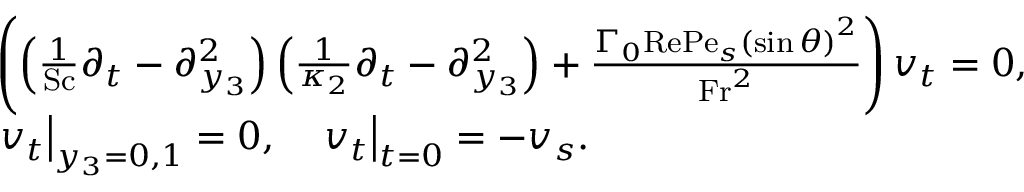
\begin{array} { r l } & { \left( \left( \frac { 1 } { \mathrm { S c } } \partial _ { t } - \partial _ { y _ { 3 } } ^ { 2 } \right) \left( \frac { 1 } { \kappa _ { 2 } } \partial _ { t } - \partial _ { y _ { 3 } } ^ { 2 } \right) + \frac { \Gamma _ { 0 } \mathrm { R e } \mathrm { P e } _ { s } \left( \sin \theta \right) ^ { 2 } } { \mathrm { F r } ^ { 2 } } \right) v _ { t } = 0 , } \\ & { \left. v _ { t } \right| _ { y _ { 3 } = 0 , 1 } = 0 , \quad \left. v _ { t } \right| _ { t = 0 } = - v _ { s } . } \end{array}